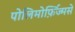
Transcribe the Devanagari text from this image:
पोलिमोर्फ़िज्मसे